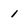
Character: i